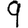
Digit: 9